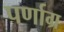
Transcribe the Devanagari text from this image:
पर्णाग्र